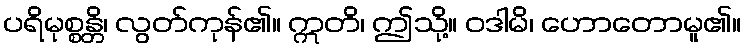
ပရိမုစ္စန္တိ၊ လွတ်ကုန်၏။ ဣတိ၊ ဤသို့။ ဝဒါမိ၊ ဟောတောမူ၏။